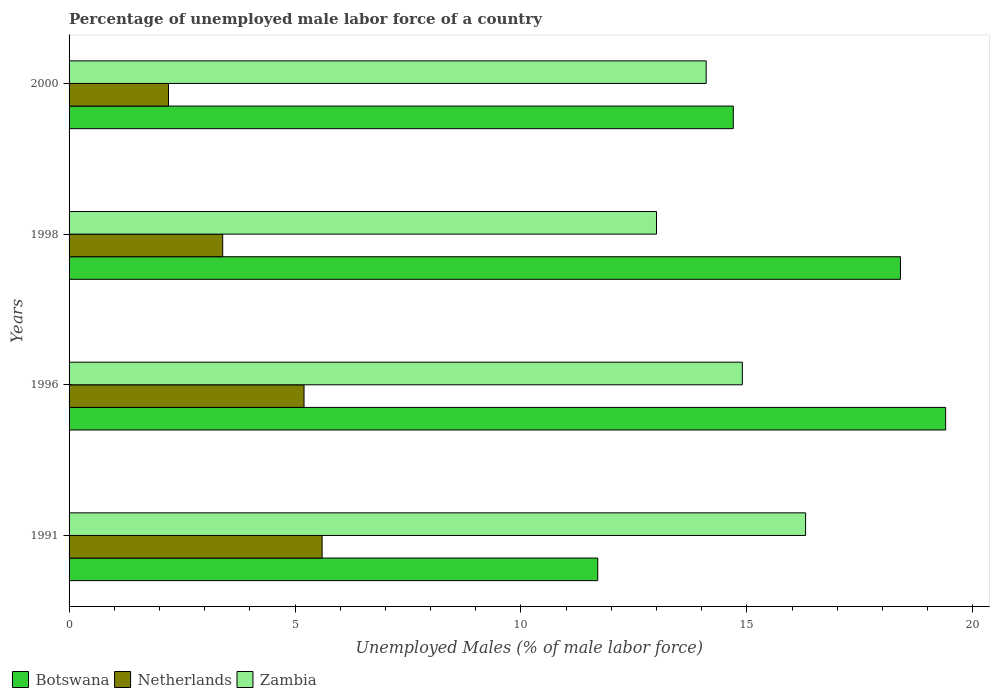
| Years | Botswana | Netherlands | Zambia |
 | --- | --- | --- | --- |
 | 1991 | 11.7 | 5.6 | 16.3 |
 | 1996 | 19.4 | 5.2 | 14.9 |
 | 1998 | 18.4 | 3.4 | 13 |
 | 2000 | 14.7 | 2.2 | 14.1 |